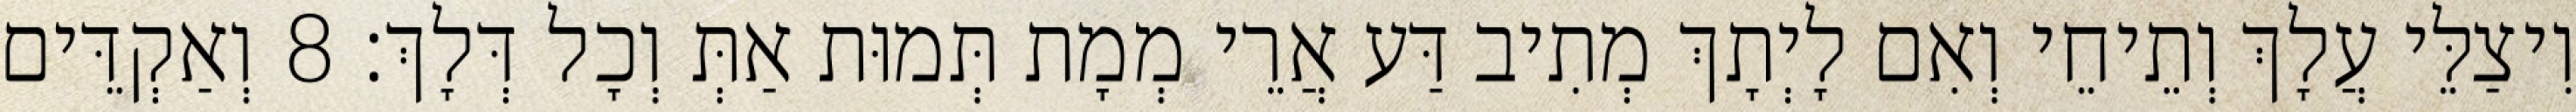
וִיצַלֵּי עֲלָךְ וְתֵיחֵי וְאִם לָיְתָךְ מְתִיב דַּע אֲרֵי מְמָת תְּמוּת אַתְּ וְכָל דְּלָךְ׃ 8 וְאַקְדֵּים